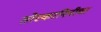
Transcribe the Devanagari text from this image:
तोस्कानिनीचा